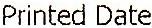
PRINTED DATE